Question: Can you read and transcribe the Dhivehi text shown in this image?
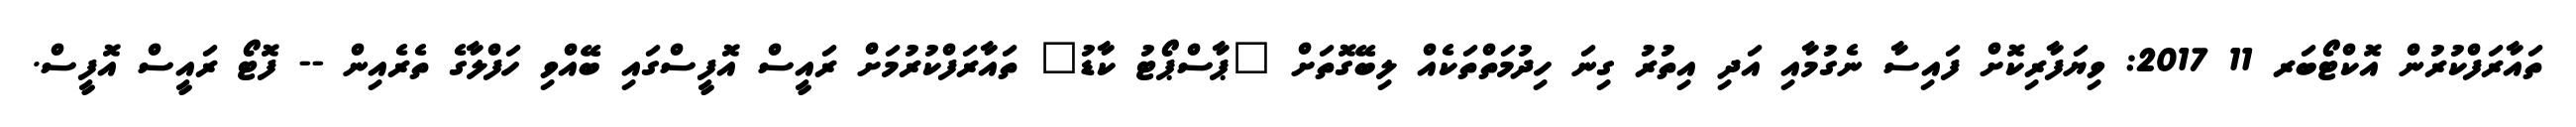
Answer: ތައާރަފްކުރުން އޮކްޓޯބަރ 11 2017: ވިޔަފާރިކޮށް ފައިސާ ނެގުމާއި އަދި އިތުރު ގިނަ ހިދުމަތްތަކެއް ލިބޭގޮތަށް "ޕާސްޕޯޓު ކާޑު" ތައާރަފްކުރުމަށް ރައީސް އޮފީސްގައި ބޭއްވި ހަފްލާގެ ތެރެއިން -- ފޮޓޯ ރައީސް އޮފީސް.